Vaccination in Bombay 1869-1873 - 1869-1873
Year: 1869
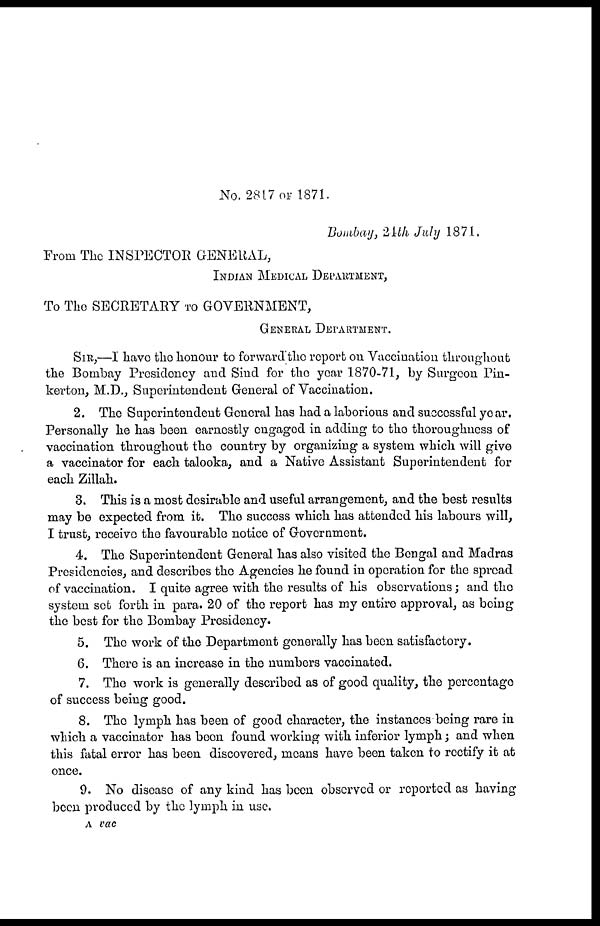
No. 2817 OF 1871.
Bombay, 24th July 1871.
From The INSPECTOR GENERAL,
INDIAN MEDICAL DEPARTMENT,
To The SECRETARY TO GOVERNMENT,
GENERAL DEPARTMENT.
SIR,—I have the honour to forward the report on Vaccination throughout
the Bombay Presidency and Sind for the year 1870-71, by Surgeon Pin-
kerton, M.D., Superintendent General of Vaccination.
2. The Superintendent General has had a laborious and successful year.
Personally he has been earnestly engaged in adding to the thoroughness of
vaccination throughout the country by organizing a system which will give
a vaccinator for each talooka, and a Native Assistant Superintendent for
each Zillah.
3. This is a most desirable and useful arrangement, and the best results
may be expected from it. The success which has attended his labours will,
I trust, receive the favourable notice of Government.
4. The Superintendent General has also visited the Bengal and Madras
Presidencies, and describes the Agencies he found in operation for the spread
of vaccination. I quite agree with the results of his observations; and the
system set forth in para. 20 of the report has my entire approval, as being
the best for the Bombay Presidency.
5. The work of the Department generally has been satisfactory.
6. There is an increase in the numbers vaccinated.
7. The work is generally described as of good quality, the percentage
of success being good.
8. The lymph has been of good character, the instances being rare in
which a vaccinator has been found working with inferior lymph ; and when
this fatal error has been discovered, means have been taken to rectify it at
once.
9. No disease of any kind has been observed or reported as having
been produced by the lymph in use.
A vac